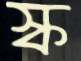
স্ক